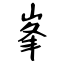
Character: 峯